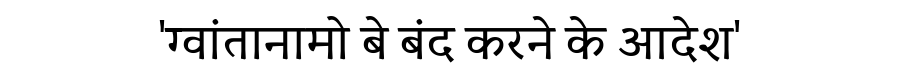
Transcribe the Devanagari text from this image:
'ग्वांतानामो बे बंद करने के आदेश'